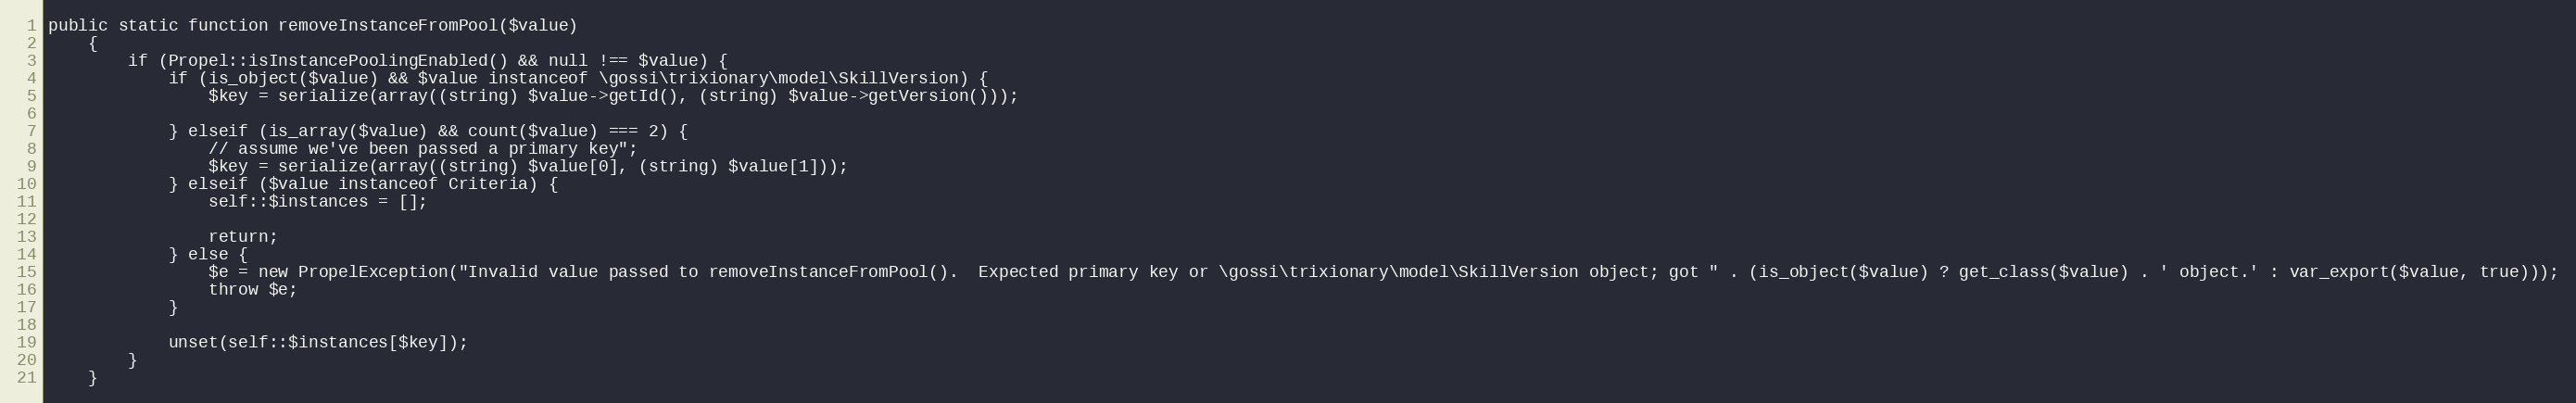
Language: PHP
public static function removeInstanceFromPool($value)
    {
        if (Propel::isInstancePoolingEnabled() && null !== $value) {
            if (is_object($value) && $value instanceof \gossi\trixionary\model\SkillVersion) {
                $key = serialize(array((string) $value->getId(), (string) $value->getVersion()));

            } elseif (is_array($value) && count($value) === 2) {
                // assume we've been passed a primary key";
                $key = serialize(array((string) $value[0], (string) $value[1]));
            } elseif ($value instanceof Criteria) {
                self::$instances = [];

                return;
            } else {
                $e = new PropelException("Invalid value passed to removeInstanceFromPool().  Expected primary key or \gossi\trixionary\model\SkillVersion object; got " . (is_object($value) ? get_class($value) . ' object.' : var_export($value, true)));
                throw $e;
            }

            unset(self::$instances[$key]);
        }
    }